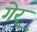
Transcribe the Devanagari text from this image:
गेर्